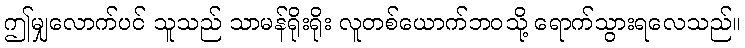
ဤမျှလောက်ပင် သူသည် သာမန်ရိုးရိုး လူတစ်ယောက်ဘဝသို့ ရောက်သွားရလေသည်။